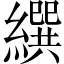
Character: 繏